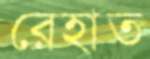
রেহাত